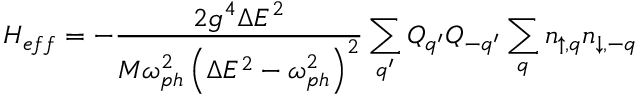
H _ { e f f } = - \frac { 2 g ^ { 4 } \Delta E ^ { 2 } } { M \omega _ { p h } ^ { 2 } \left( \Delta E ^ { 2 } - \omega _ { p h } ^ { 2 } \right) ^ { 2 } } \sum _ { q ^ { \prime } } Q _ { q ^ { \prime } } Q _ { - q ^ { \prime } } \sum _ { q } n _ { \uparrow , q } n _ { \downarrow , - q }